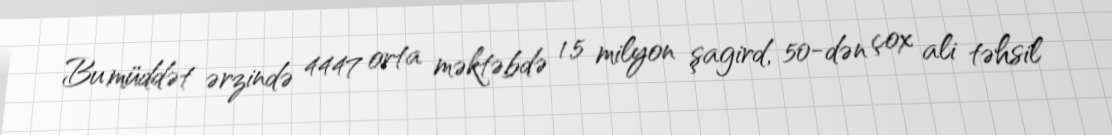
Bu müddət ərzində 4447 orta məktəbdə 1.5 milyon şagird, 50-dən çox ali təhsil